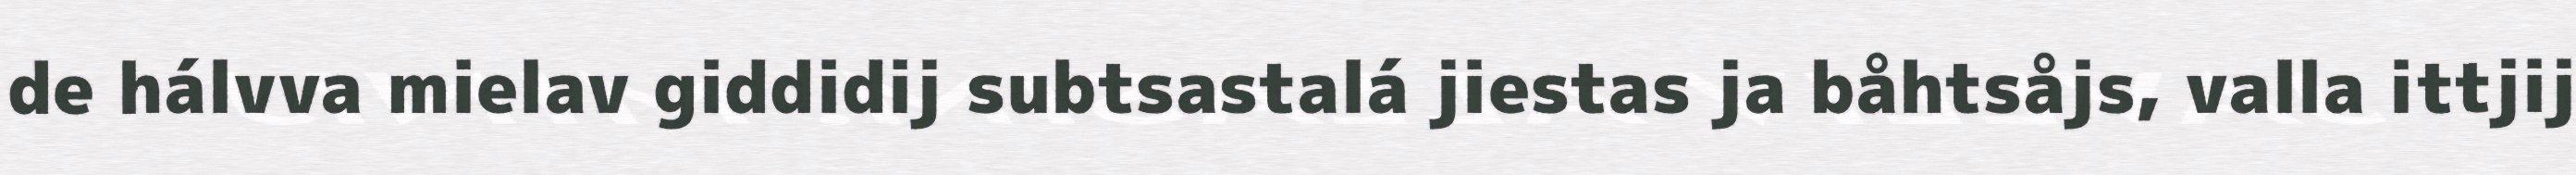
de hálvva mielav giddidij subtsastalá jiestas ja båhtsåjs, valla ittjij